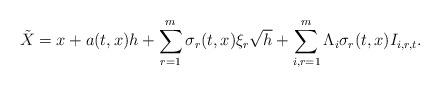
LaTeX: \begin{align*}\tilde{X}=x+a(t,x)h+\sum_{r=1}^{m}\sigma_{r}(t,x)\xi_{r}\sqrt{h}+\sum_{i,r=1}^m\Lambda_i\sigma_r(t,x) I_{i,r,t}.\end{align*}